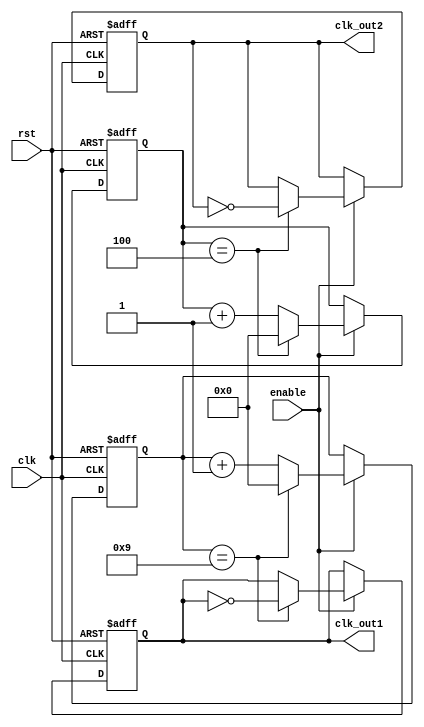
module DualModulusClockDivider (
    input wire clk, // input clock
    input wire rst, // reset signal
    input wire enable, // enable signal
    output reg clk_out1, // output clock 1
    output reg clk_out2 // output clock 2
);

reg [9:0] count1;
reg [9:0] count2;
parameter MOD1 = 10; // modulus for clock divider 1
parameter MOD2 = 5; // modulus for clock divider 2

always @(posedge clk or posedge rst) begin
    if (rst) begin
        count1 <= 0;
        count2 <= 0;
        clk_out1 <= 0;
        clk_out2 <= 0;
    end else if (enable) begin
        if (count1 == MOD1-1) begin
            count1 <= 0;
            clk_out1 <= ~clk_out1;
        end else begin
            count1 <= count1 + 1;
        end
        
        if (count2 == MOD2-1) begin
            count2 <= 0;
            clk_out2 <= ~clk_out2;
        end else begin
            count2 <= count2 + 1;
        end
    end
end

endmodule